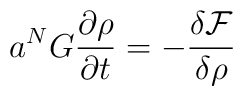
a^{N}G\frac{\partial \rho}{\partial t} = - \frac{\delta \mathcal{F}}{\delta\rho}